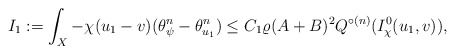
\begin{align*}I_1:=\int_X -\chi (u_1-v) (\theta_{\psi}^n- \theta_{u_1}^n) \le C_1\varrho (A+B)^2 Q^{\circ (n)}(I^0_\chi(u_1, v)),\end{align*}